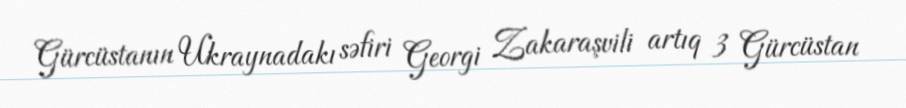
Gürcüstanın Ukraynadakı səfiri Georgi Zakaraşvili artıq 3 Gürcüstan